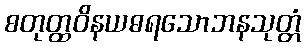
စတုတ္ထဝိနယဓရသောဘနသုတ္တံ